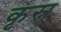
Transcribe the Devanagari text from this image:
कृस्न